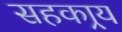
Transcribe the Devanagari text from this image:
सहकार्‍य